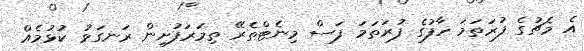
އެ މެޗުގެ ފުރަތަމަ ހާފުގެ ފުރަތަމަ ފަސް މިނެޓްތެރޭ ތިމަރަފުށިން ރަނގަޅު ކުޅުމެއް